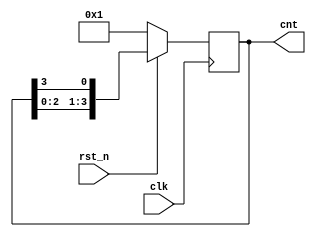
//
module counter_loop(
    input clk,rst_n,
    output reg [3:0] cnt
);

    always@(posedge clk)begin
        if(!rst_n)
            cnt<=4'b0001;
        else
            cnt<={cnt[2:0],cnt[3]};//
    end

endmodule